King Institute of Preventive Medicine Bacteriolog. Section reports 1907-08
Year: 1907
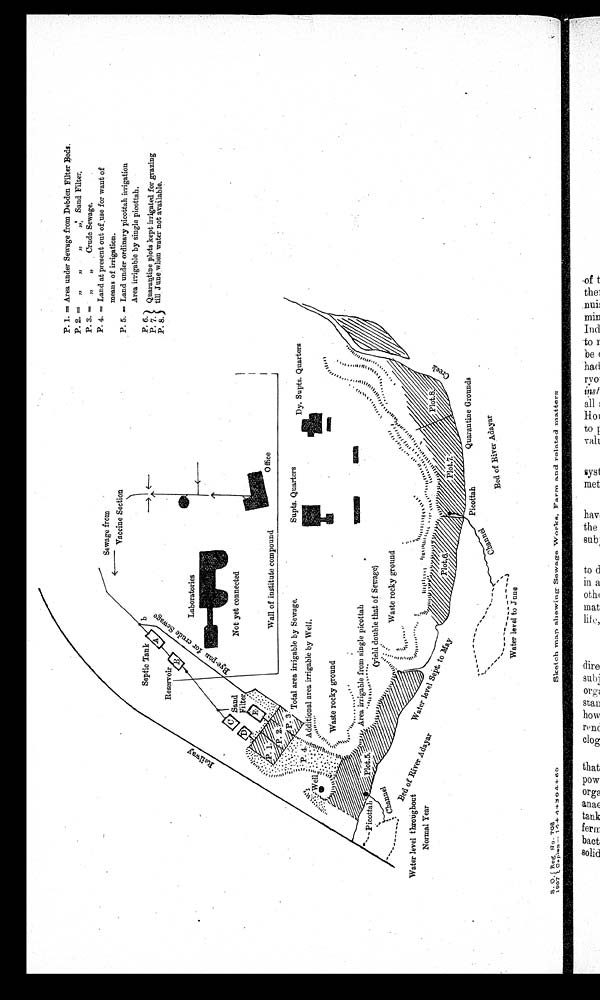
P. 1.
=Area under Sewage from Debden Filter Beds.
P. 2. = „
„
Sand Filter.
P. 3.
= „„
Crude Sewage.
P. 4.
= Land atpresent out of .use t of
means of irrigation.
P.5 = Land under ordinary picottah irrigation
Area irrigable by single picottah.
P.6
P. 7 . Quarantineplots kept irrigated for grazing
till June when water not available.
P. 8.